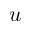
u